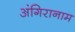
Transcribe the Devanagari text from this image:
अंगिरानाम